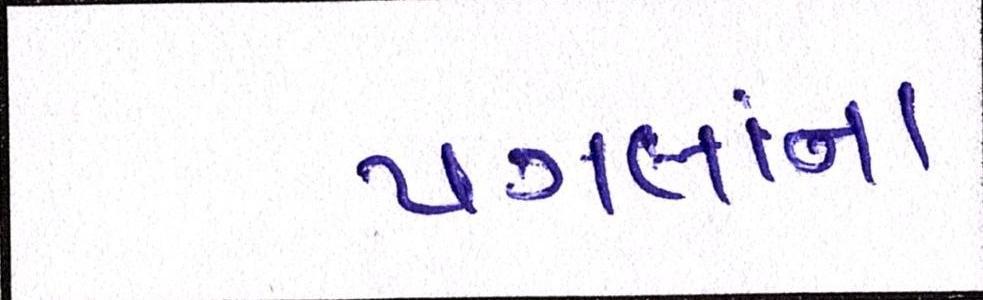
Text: પગલાંના